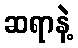
ဆရာနဲ့